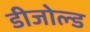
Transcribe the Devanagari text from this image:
डीजोल्ड